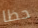
حظا